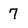
Character: 7